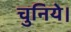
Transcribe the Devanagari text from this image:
चुनिये।